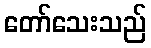
တော်သေးသည်